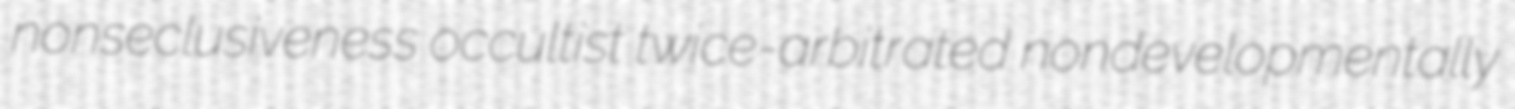
nonseclusiveness occultist twice-arbitrated nondevelopmentally